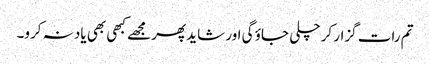
تم رات گزار کر چلی جاؤ گی اور شاید پھر مجھے کبھی بھی یاد نہ کرو۔